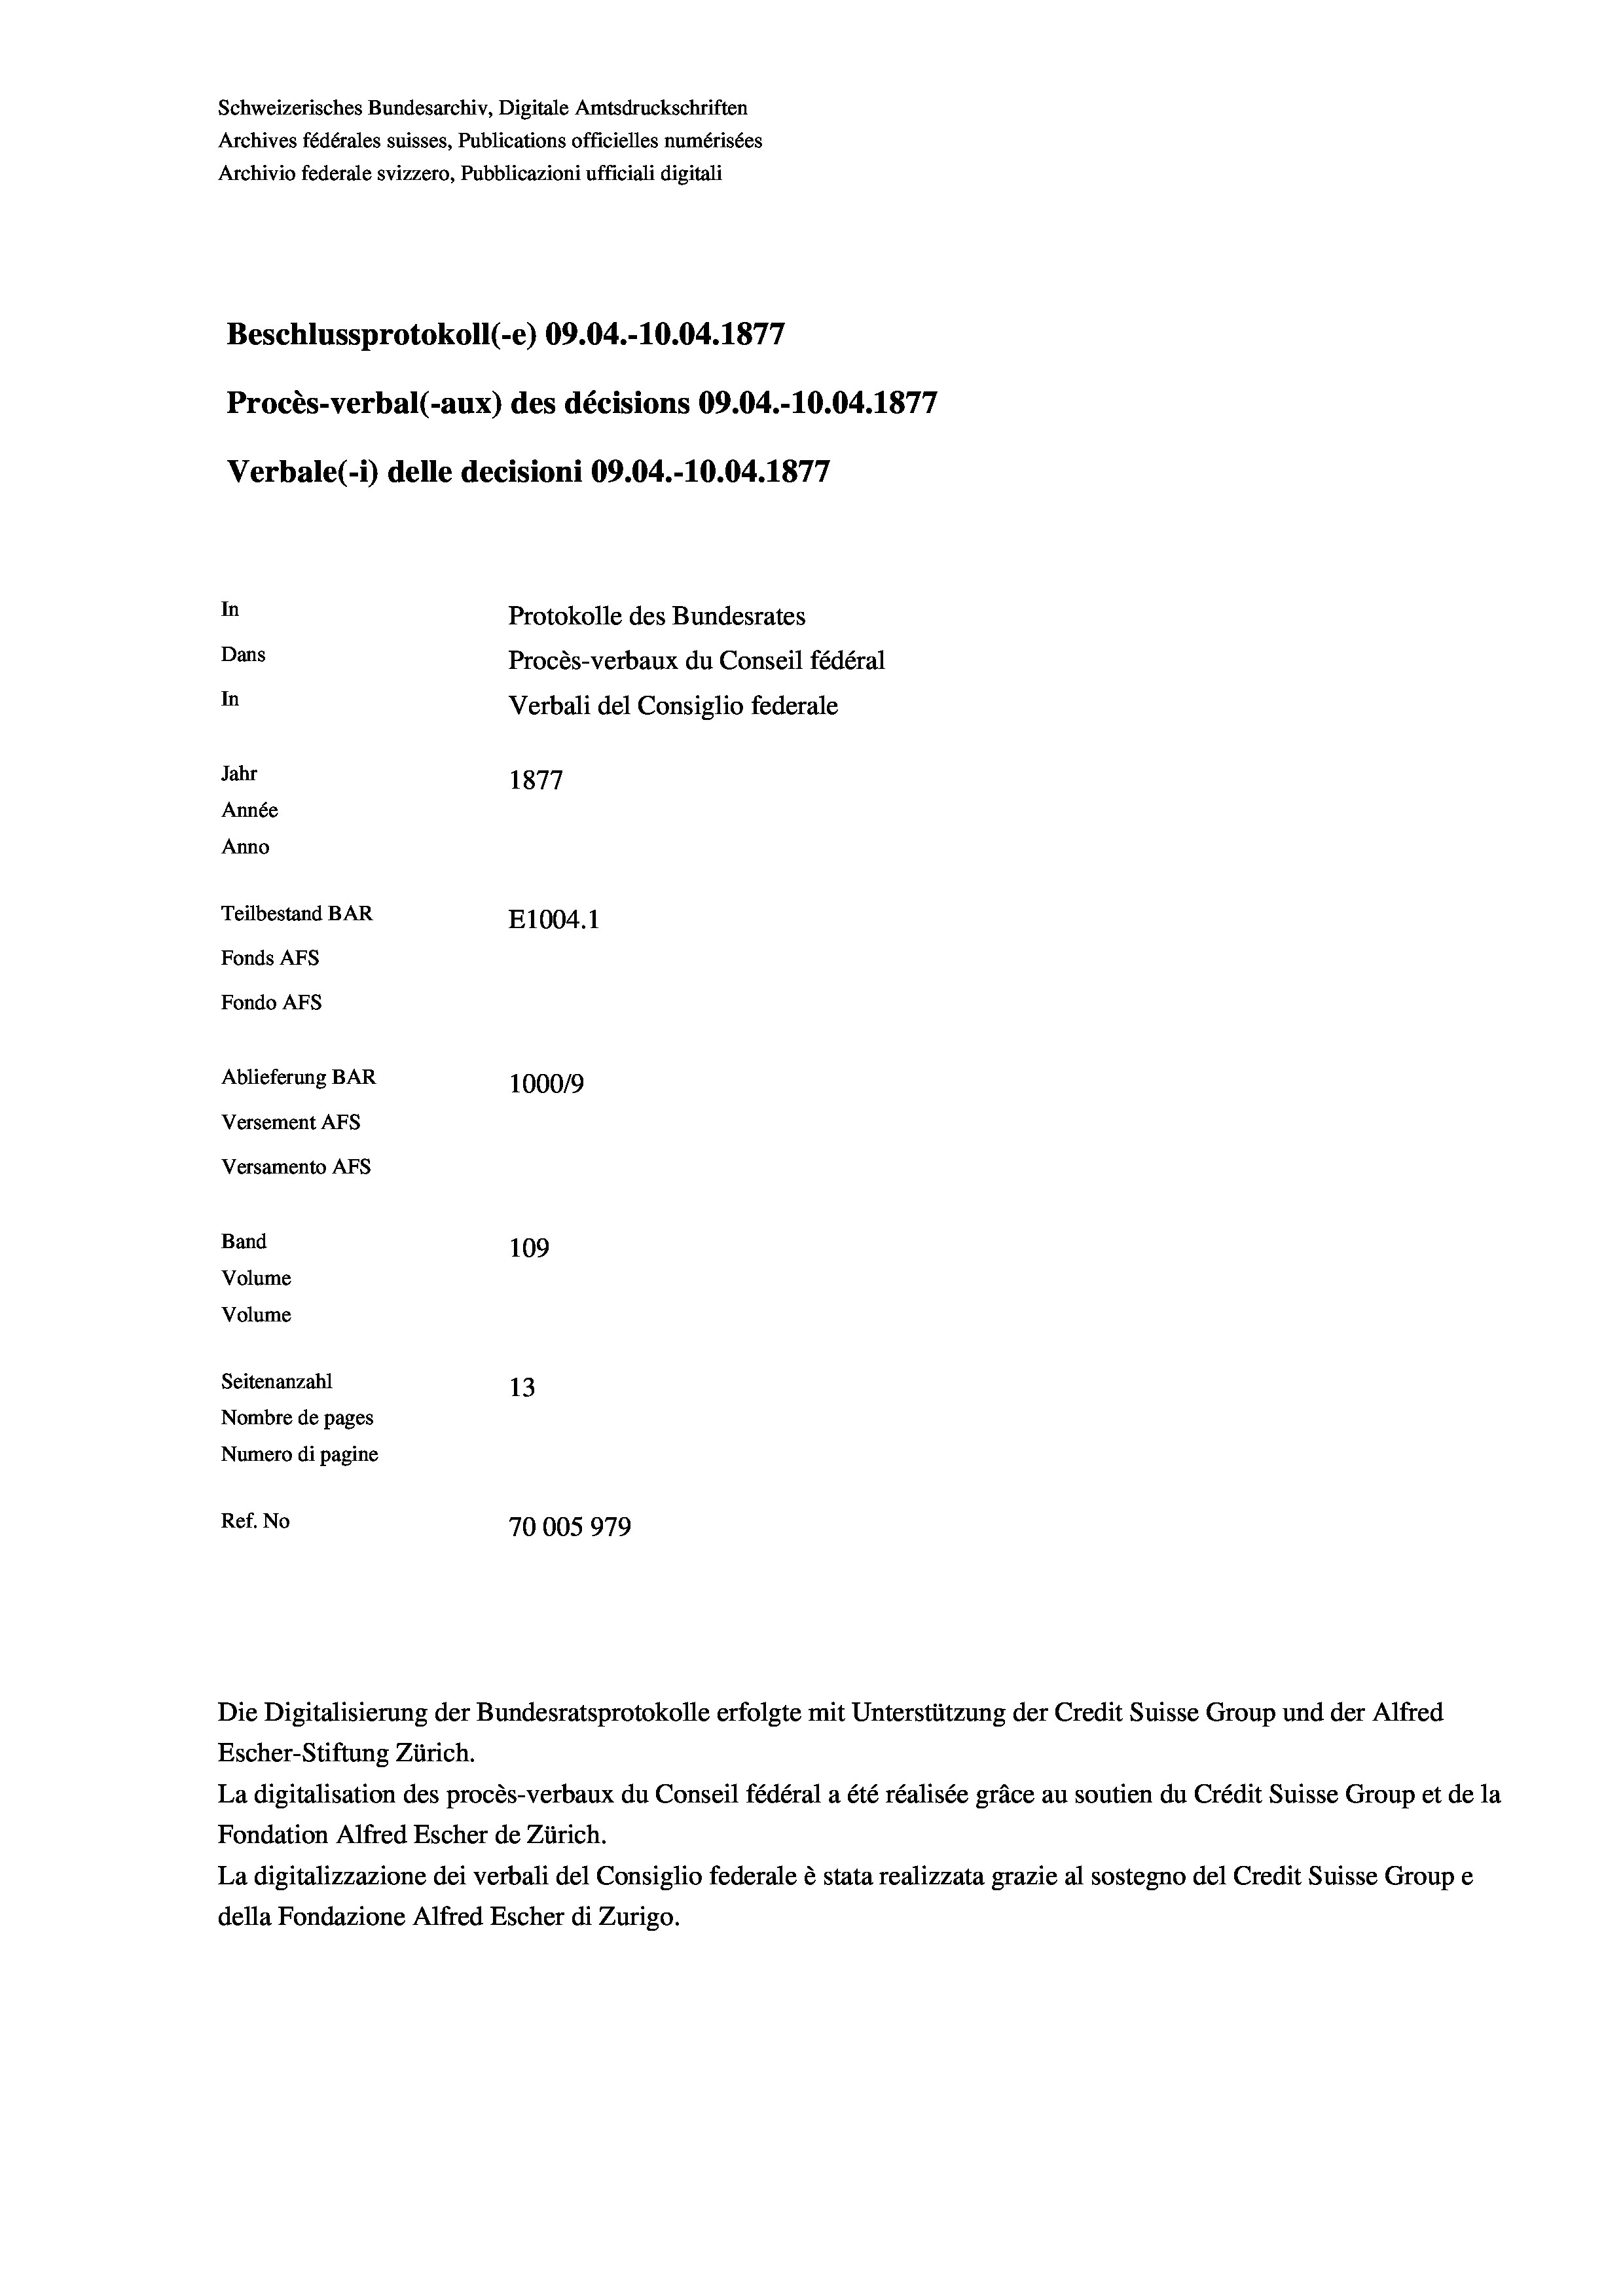
Schweizerisches Bundesarchiv, Digitale Amtsdruckschriften
Archives fédérales suisses, Publications officielles numérisées
Archivio federale svizzero, Pubblicazioni ufficiali digitali
Beschlussprotokoll (-e) 09.04.-10.04. 1877
Procès-verbal (-aux) des décisions 09.04.-10.04. 1877
Verbale (1) delle decisioni 09.04.-10.04. 1877
In
Protokolle des Bundesrates
Dans
Procès-verbaux du Conseil fédéral
In
Verbali del Consiglio federale
Jahr
1877
Année
Anno
Teilbestand BAR
E1004.1
Fonds AFs
Fondo Afs
Ablieferung BAR
100019
Versement AFs
Versamento AFs
Band
109
Volume
Volume

Seitenanzahl
13
Nombre de pages
Numero di pagine
Ref. No
70005979

Die Digitalisierung der Bundesratsprotokolle erfolgte mit Unterstützung der Credit Suisse Group und der Alfred

Escher-Stiftung Zürich.
La digitalisation des procès-verbaux du Conseil fédéral a été réalisée gräce au soutien du Crédit Suisse Group et de la
Fondation Alfred Escher de Zürich.
La digitalizzazione dei verbali del Consiglio federale è stata realizzata grazie al sostegno del Credit Suisse Groupe
della Fondazione Alfred Escher di Zurigo.